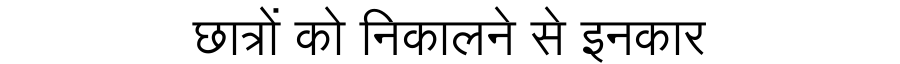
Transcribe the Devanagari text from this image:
छात्रों को निकालने से इनकार